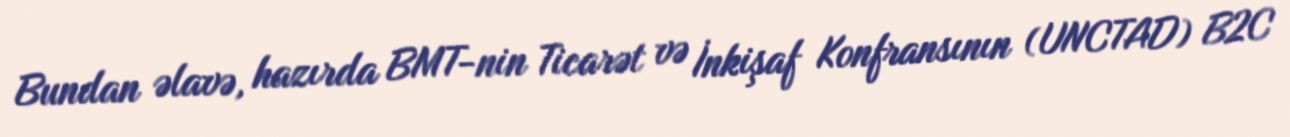
Bundan əlavə, hazırda BMT-nin Ticarət və İnkişaf Konfransının (UNCTAD) B2C